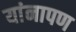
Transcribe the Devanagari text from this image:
यांनापण